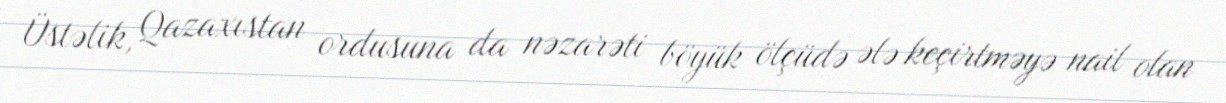
Üstəlik, Qazaxıstan ordusuna da nəzarəti böyük ölçüdə ələ keçirtməyə nail olan